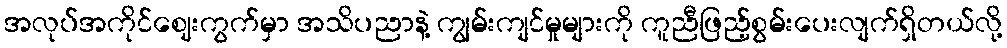
အလုပ်အကိုင်ဈေးကွက်မှာ အသိပညာနဲ့ ကျွမ်းကျင်မှုများကို ကူညီဖြည့်စွမ်းပေးလျက်ရှိတယ်လို့